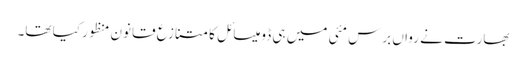
بھارت نے رواں برس مئی میں ہی ڈومیسائل کا متنازع قانون منظور کیا تھا۔